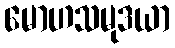
မောဟသမုဒယာ